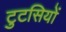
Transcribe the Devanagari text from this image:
टुटसियों